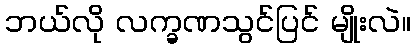
ဘယ်လို လက္ခဏသွင်ပြင် မျိုးလဲ။